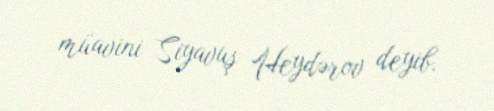
müavini Siyavuş Heydərov deyib.